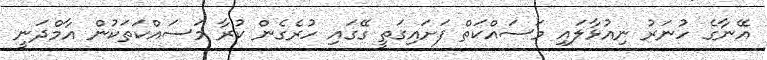
އޭނާގެ ހުނަރު ނިއުޅާލައި މަސައްކަތް ފަށައިގަތީ ގޭގައި ހުރެގެން ކުރާ މަސައްކަތަކުން އާމްދަނީ